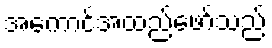
အကောင်အထည်ဖော်သည်